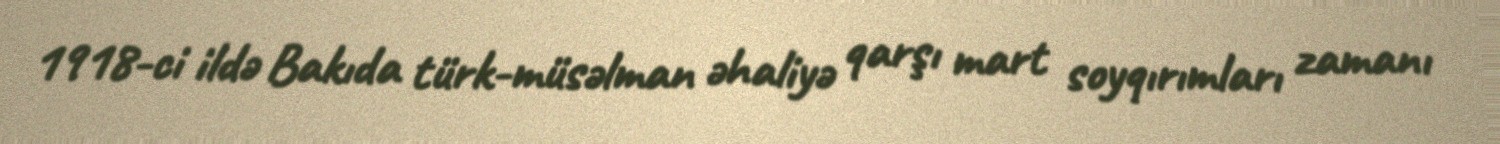
1918-ci ildə Bakıda türk-müsəlman əhaliyə qarşı mart soyqırımları zamanı